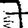
Digit: 7